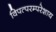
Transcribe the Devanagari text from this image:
विपत्परम्परेशाय